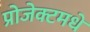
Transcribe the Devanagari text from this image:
प्रोजेक्टमधे